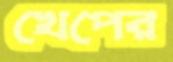
খেপের